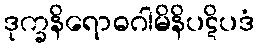
ဒုက္ခနိရောဓဂါမိနိပဋိပဒံ